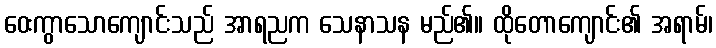
ဝေးကွာသောကျောင်းသည် အာရညက သေနာသန မည်၏။ ထိုတောကျောင်း၏ အရာမ်၊